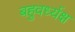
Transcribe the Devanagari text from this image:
बहुवर्ध्यक्ष